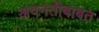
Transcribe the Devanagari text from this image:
अवनतीबाबत